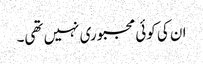
ان کی کوئی مجبوری نہیں تھی۔